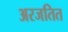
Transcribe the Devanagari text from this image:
अरजतित